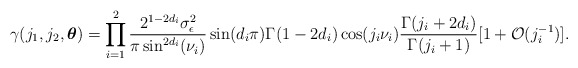
\begin{align*} \gamma(j_{1},j_{2},\boldsymbol{\theta})&= \prod_{i=1}^{2} \frac{2^{1-2d_{i}}\sigma^{2}_{\epsilon}}{\pi\sin^{2d_{i}}(\nu_{i})} \sin(d_{i}\pi) \Gamma(1-2d_{i}) \cos(j_{i} \nu_{i})\frac{\Gamma(j_{i}+2d_{i})}{\Gamma(j_{i}+1)} [1+\mathcal{O}(j_{i}^{-1})]. \end{align*}